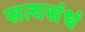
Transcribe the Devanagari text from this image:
सत्यसंधं